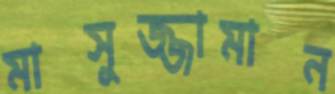
মাসুজ্জামান